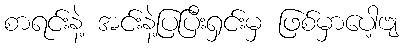
စာရင်းနဲ့ အင်းနဲ့ပြပြီးရှင်းမှ ဖြစ်မှာပေါ့ဗျ